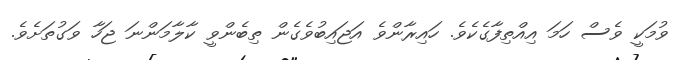
ވުމަކީ ވެސް ހަމަ އިއްތިފާގެކެވެ. ހައިރާންވެ އަޖައިބުވެގެން ތިބެންވީ ކާލާމަންނަ ޖަހާ ވަގުތަށެވެ.